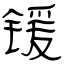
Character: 锾